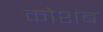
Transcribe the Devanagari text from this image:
कोशंब